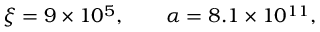
\xi = 9 \times 1 0 ^ { 5 } , \qquad \alpha = 8 . 1 \times 1 0 ^ { 1 1 } ,